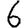
Digit: 6